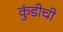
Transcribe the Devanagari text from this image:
कुंडीची